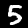
Digit: 5